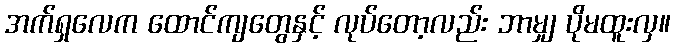
အက်ရှလေက ထောင်ကျတွေနှင့် လုပ်တော့လည်း ဘာမျှ ပိုမထူးလှ။